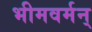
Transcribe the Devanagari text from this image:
भीमवर्मन्